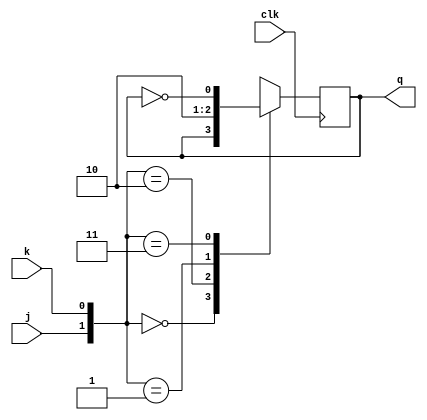
module jk_ff (j,k,clk,q);
        
    parameter HOLD = 2'b00,
              TOGGLE = 2'b11,
              SET = 2'b10,
              RESET = 2'b01;

input j, k, clk;
    output reg q;

    always @(posedge clk) begin
        case ({j, k})
            HOLD: q <= q;
            SET: q <= 1;
            RESET: q <= 0;
            TOGGLE: q <= ~q;
        endcase
    end

endmodule